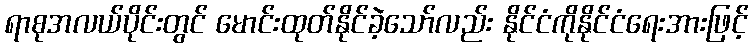
ရာစုအလယ်ပိုင်းတွင် မောင်းထုတ်နိုင်ခဲ့သော်လည်း နိုင်ငံကိုနိုင်ငံရေးအားဖြင့်